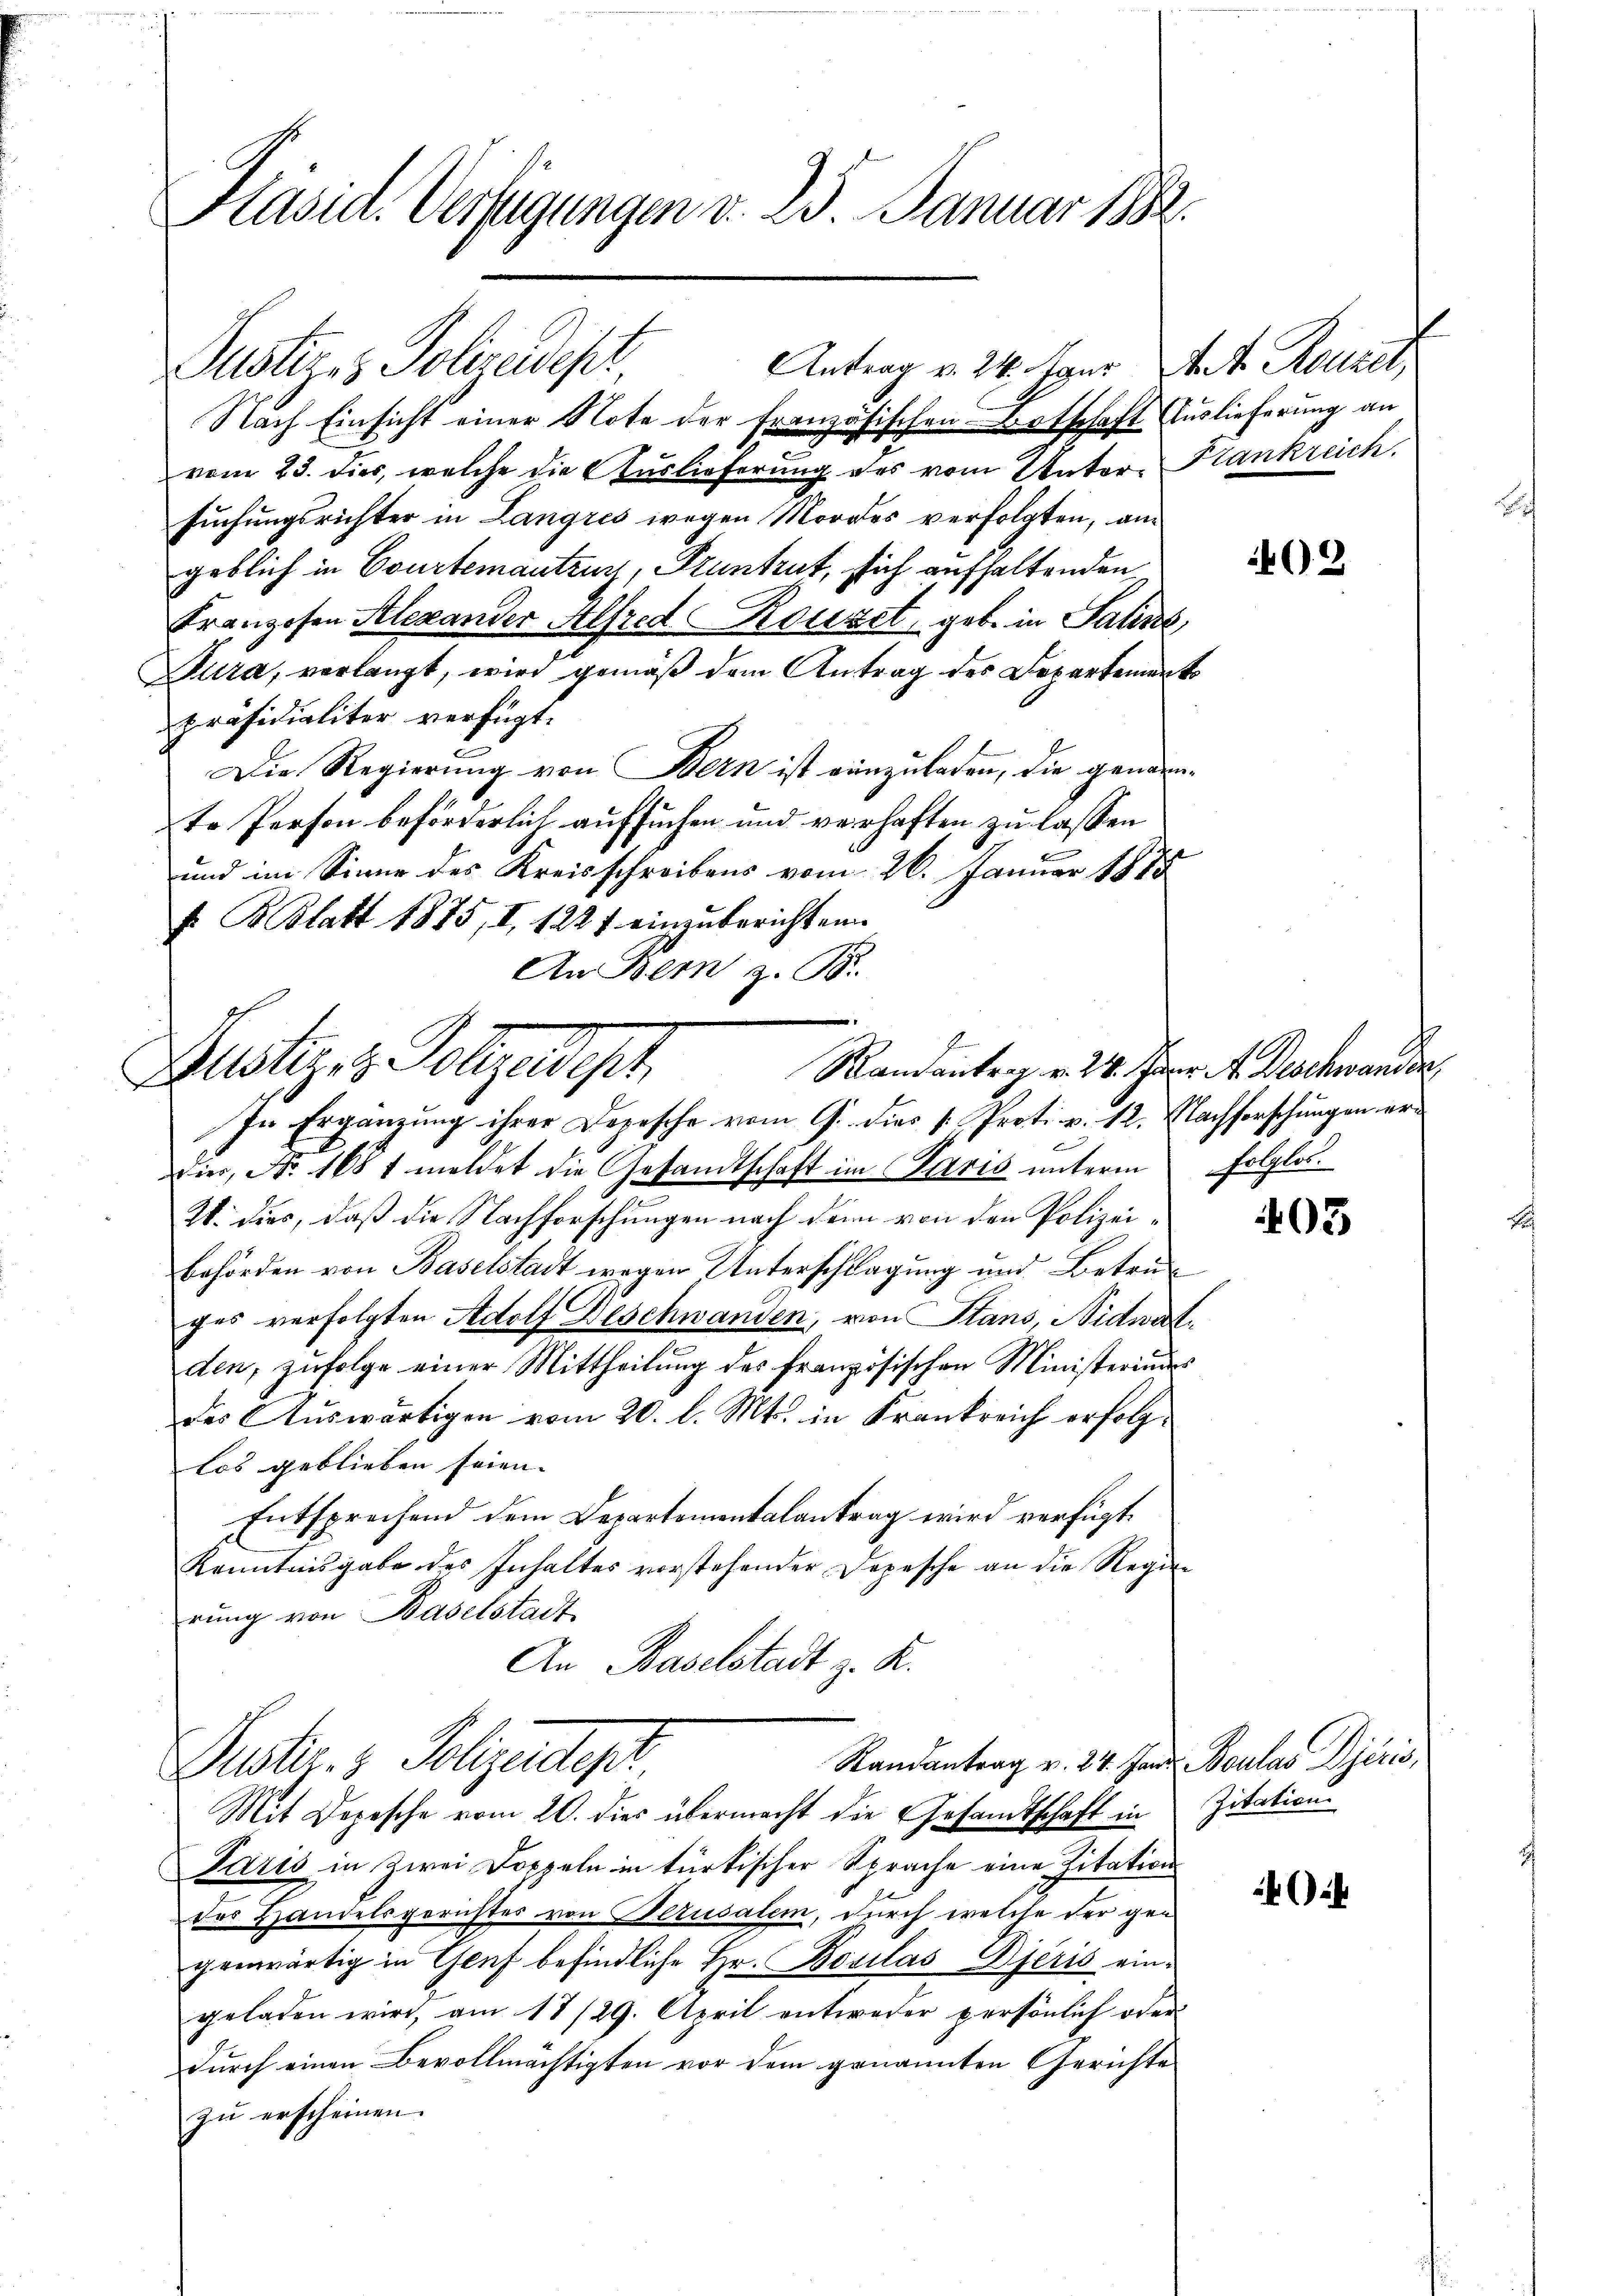
Präsid. Vertigungen v. 25. Januar 1888.

Nach Einsicht einer Note der französischen Botschaft Auslieferung an
vom 23. dies, welche die Auslieferung des vom Unter-Frankreich.
suchungsrichter in Langres wegen Mordes verfolgten, am
geblich in Courtementeur, Pruntrut, sich aufhaltenden
Franzosen Alexander Alfred Rouset, geb. in Salins,
Dura, verlangt, wird gemäß dem Antrag des Departement
präsidialiter verfügt:
Die Regierung von Bern ist einzuladen, die genannte Person beförderlich aufsuchen und verhaften zu lassen
und im Sinne des Kreisschreibens vom 26. Januar 1888
F. B. Blatt 1875, I, 1227 einzuberichten
An Bern z. B.

Justizes Polizeidept Antrag v. 24. Janr. Art. Rouzet,

Zustiges Polizeidigt
Randantrag v. 24. Janr. 4. Deschwander,

Randantrag v. 24. Jan. Boulav jeris,
Dustr. v. Polizeitigt

In Ergänzung ihrer Dopesche vom 9. dies k. Proti v. 12. Nachforschungen erdier, No. 168 1 meldet die Gesandtschaft im Paris unterm folglos.
28. dies, daß die Nachforschungen nach den von den Polizei¬
Behörden von Baselstadt wegen Unterschlagung und Betreges verfolgten Adolf Deschwanden, von Stans, Nidwatden, zufolge einer Mittheilung des französischen Ministeriums
Das Auswärtigen vom 20. l. Mts. in Krankreich erfolglos geblieben seien. |
Entsprechend dem Departementalantrag wird verfügt:
Kenntnisgabe des Inhaltes vorstehender Depesche an die Regierung von Baselstadt
An Baselstadt z. R.

Mit Depesche vom 20. dies übermacht die Gesandtschaft in
Paris in zwei Doppeln in türkischer Sprache eine Zitation
der Handelsgerichtes von Berusalem, durch welche der gen
genwärtig in Genf befindliche Hr. Bosilaš Djeris eingeladen wird, am 17/29. April entweder persönlich oder
durch einen Bevollmächtigten vor dem genannten Gerichte
zŭ erscheinen.

2

403

Zitation